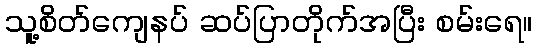
သူ့စိတ်ကျေနပ် ဆပ်ပြာတိုက်အပြီး စမ်းရေ။